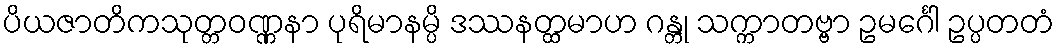
ပိယဇာတိကသုတ္တဝဏ္ဏနာ ပုရိမာနမ္ပိ ဒဿနတ္ထမာဟ ဂန္တု သက္ကာတဗ္ဗာ ဥမင်္ဂေါ ဥပ္ပတတံ